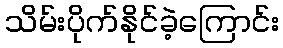
သိမ်းပိုက်နိုင်ခဲ့ကြောင်း